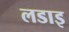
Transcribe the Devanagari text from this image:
लडाइ